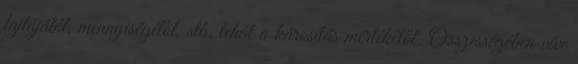
fajtájától, mennyiségétől, stb. tehát a károsítás mértékétől. Összességében véve